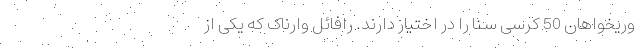
وریخواهان 50 کرسی سنا را در اختیار دارند. رافائل وارناک که یکی از